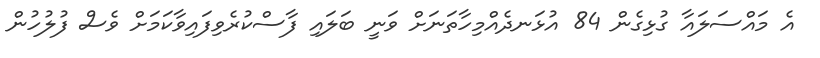
އެ މައްސަލައާ ގުޅިގެން 84 އުޅަނދެއްމިހާތަނަށް ވަނީ ބަލައި ފާސްކުރެވިފައިވާކަމަށް ވެސް ފުލުހުން